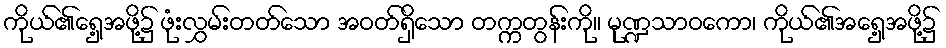
ကိုယ်၏ရှေ့အဖို့၌ ဖုံးလွှမ်းတတ်သော အဝတ်ရှိသော တက္ကတွန်းကို။ မုဏ္ဍသာဝကော၊ ကိုယ်၏အရှေ့အဖို့၌